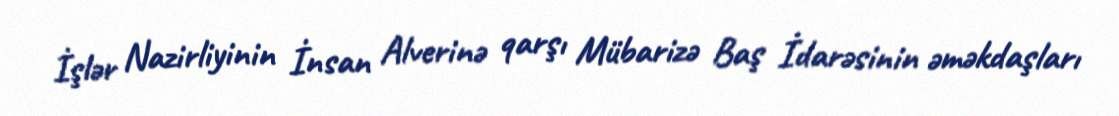
İşlər Nazirliyinin İnsan Alverinə qarşı Mübarizə Baş İdarəsinin əməkdaşları